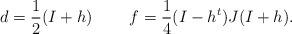
LaTeX: \begin{align*}d = \frac{1}{2} (I+h) \;\;\;\;\;\;\;\; f = \frac{1}{4} (I-h^t) J (I+h). \end{align*}